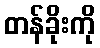
တန်ခိုးကို